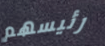
رئيسهم